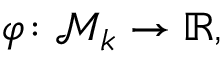
\varphi \! : { \mathcal M } _ { k } \to { \mathbb R } ,